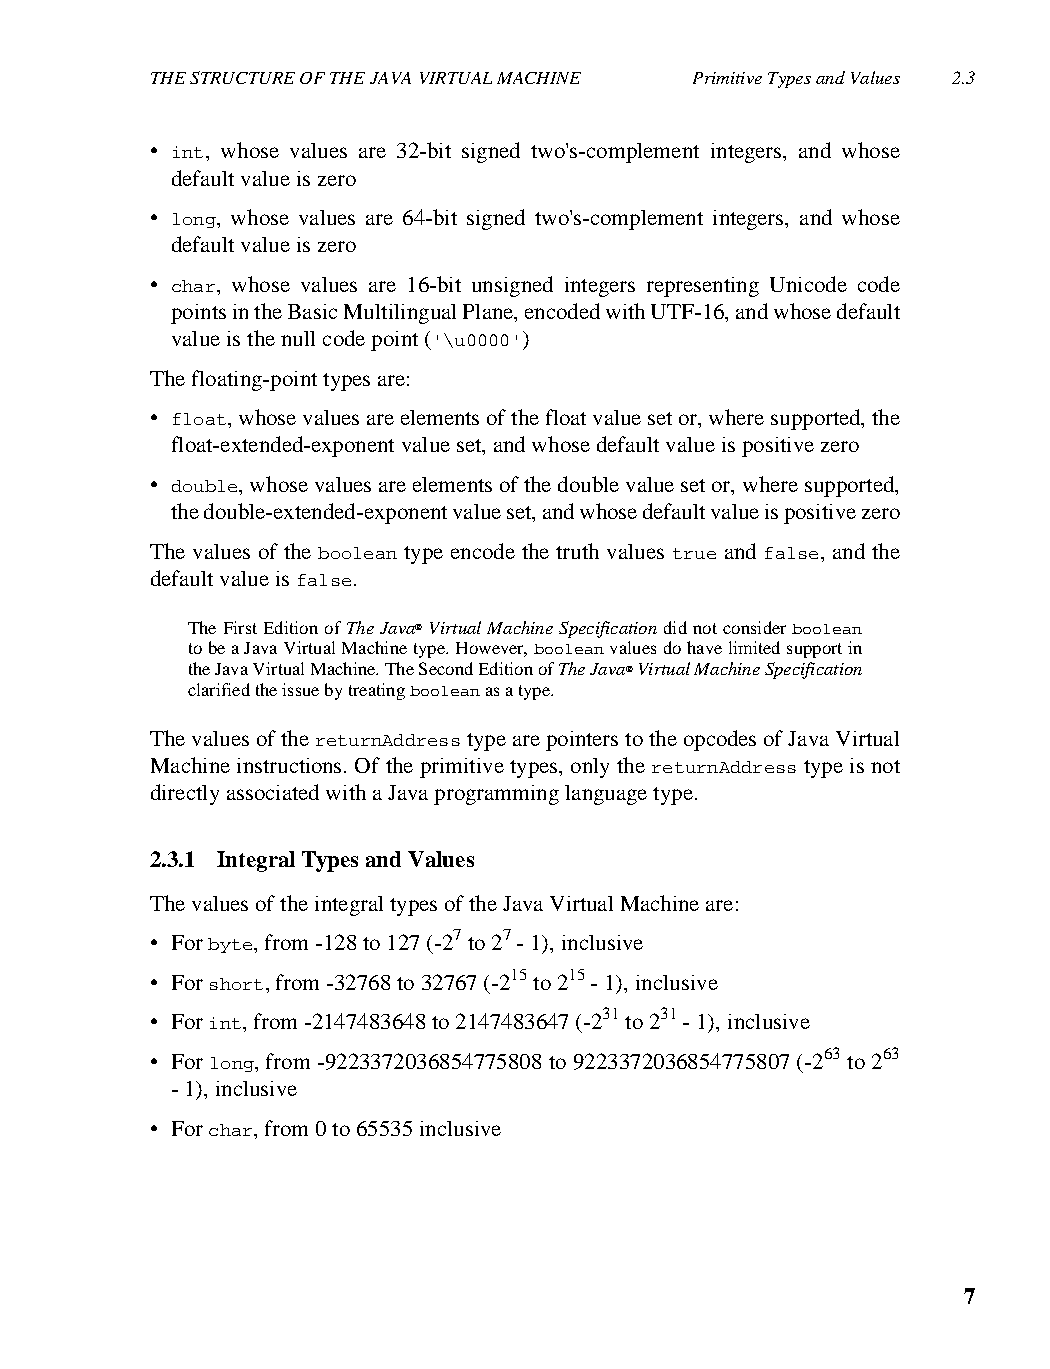
THE STRUCTURE OF THE JAVA VIRTUAL MACHINE Primitive Types and Values 2.3
 • int, whose values are 32-bit signed two's-complement integers, and whose
 default value is zero
 • long, whose values are 64-bit signed two's-complement integers, and whose
 default value is zero
 • char, whose values are 16-bit unsigned integers representing Unicode code
 points in the Basic Multilingual Plane, encoded with UTF-16, and whose default
 value is the null code point ('\u0000')
 The floating-point types are:
 • float, whose values are elements of the float value set or, where supported, the
 float-extended-exponent value set, and whose default value is positive zero
 • double, whose values are elements of the double value set or, where supported,
 the double-extended-exponent value set, and whose default value is positive zero
 The values of the boolean type encode the truth values true and false, and the
 default value is false.
 The First Edition of The Java® Virtual Machine Specification did not consider boolean
 to be a Java Virtual Machine type. However, boolean values do have limited support in
 the Java Virtual Machine. The Second Edition of The Java® Virtual Machine Specification
 clarified the issue by treating boolean as a type.
 The values of the returnAddress type are pointers to the opcodes of Java Virtual
 Machine instructions. Of the primitive types, only the returnAddress type is not
 directly associated with a Java programming language type.
 2.3.1 Integral Types and Values
 The values of the integral types of the Java Virtual Machine are:
 • For byte, from -128 to 127 (-27 to 27 - 1), inclusive
 • For short, from -32768 to 32767 (-215 to 215 - 1), inclusive
 • For int, from -2147483648 to 2147483647 (-231 to 231 - 1), inclusive
 • For long, from -9223372036854775808 to 9223372036854775807 (-263 to 263
 - 1), inclusive
 • For char, from 0 to 65535 inclusive
 7